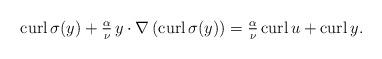
LaTeX: \begin{align*}\mathrm{curl} \, \sigma(y)+\tfrac{\alpha}{\nu}\,y\cdot \nabla\left(\mathrm{curl} \,\sigma(y)\right)=\tfrac{\alpha}{\nu}\,\mathrm{curl} \, u+\mathrm{curl} \, y.\end{align*}